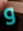
و